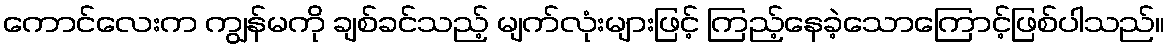
ကောင်လေးက ကျွန်မကို ချစ်ခင်သည့် မျက်လုံးများဖြင့် ကြည့်နေခဲ့သောကြောင့်ဖြစ်ပါသည်။